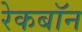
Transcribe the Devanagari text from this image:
रेकबॉन